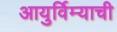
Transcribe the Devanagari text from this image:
आयुर्विम्याची